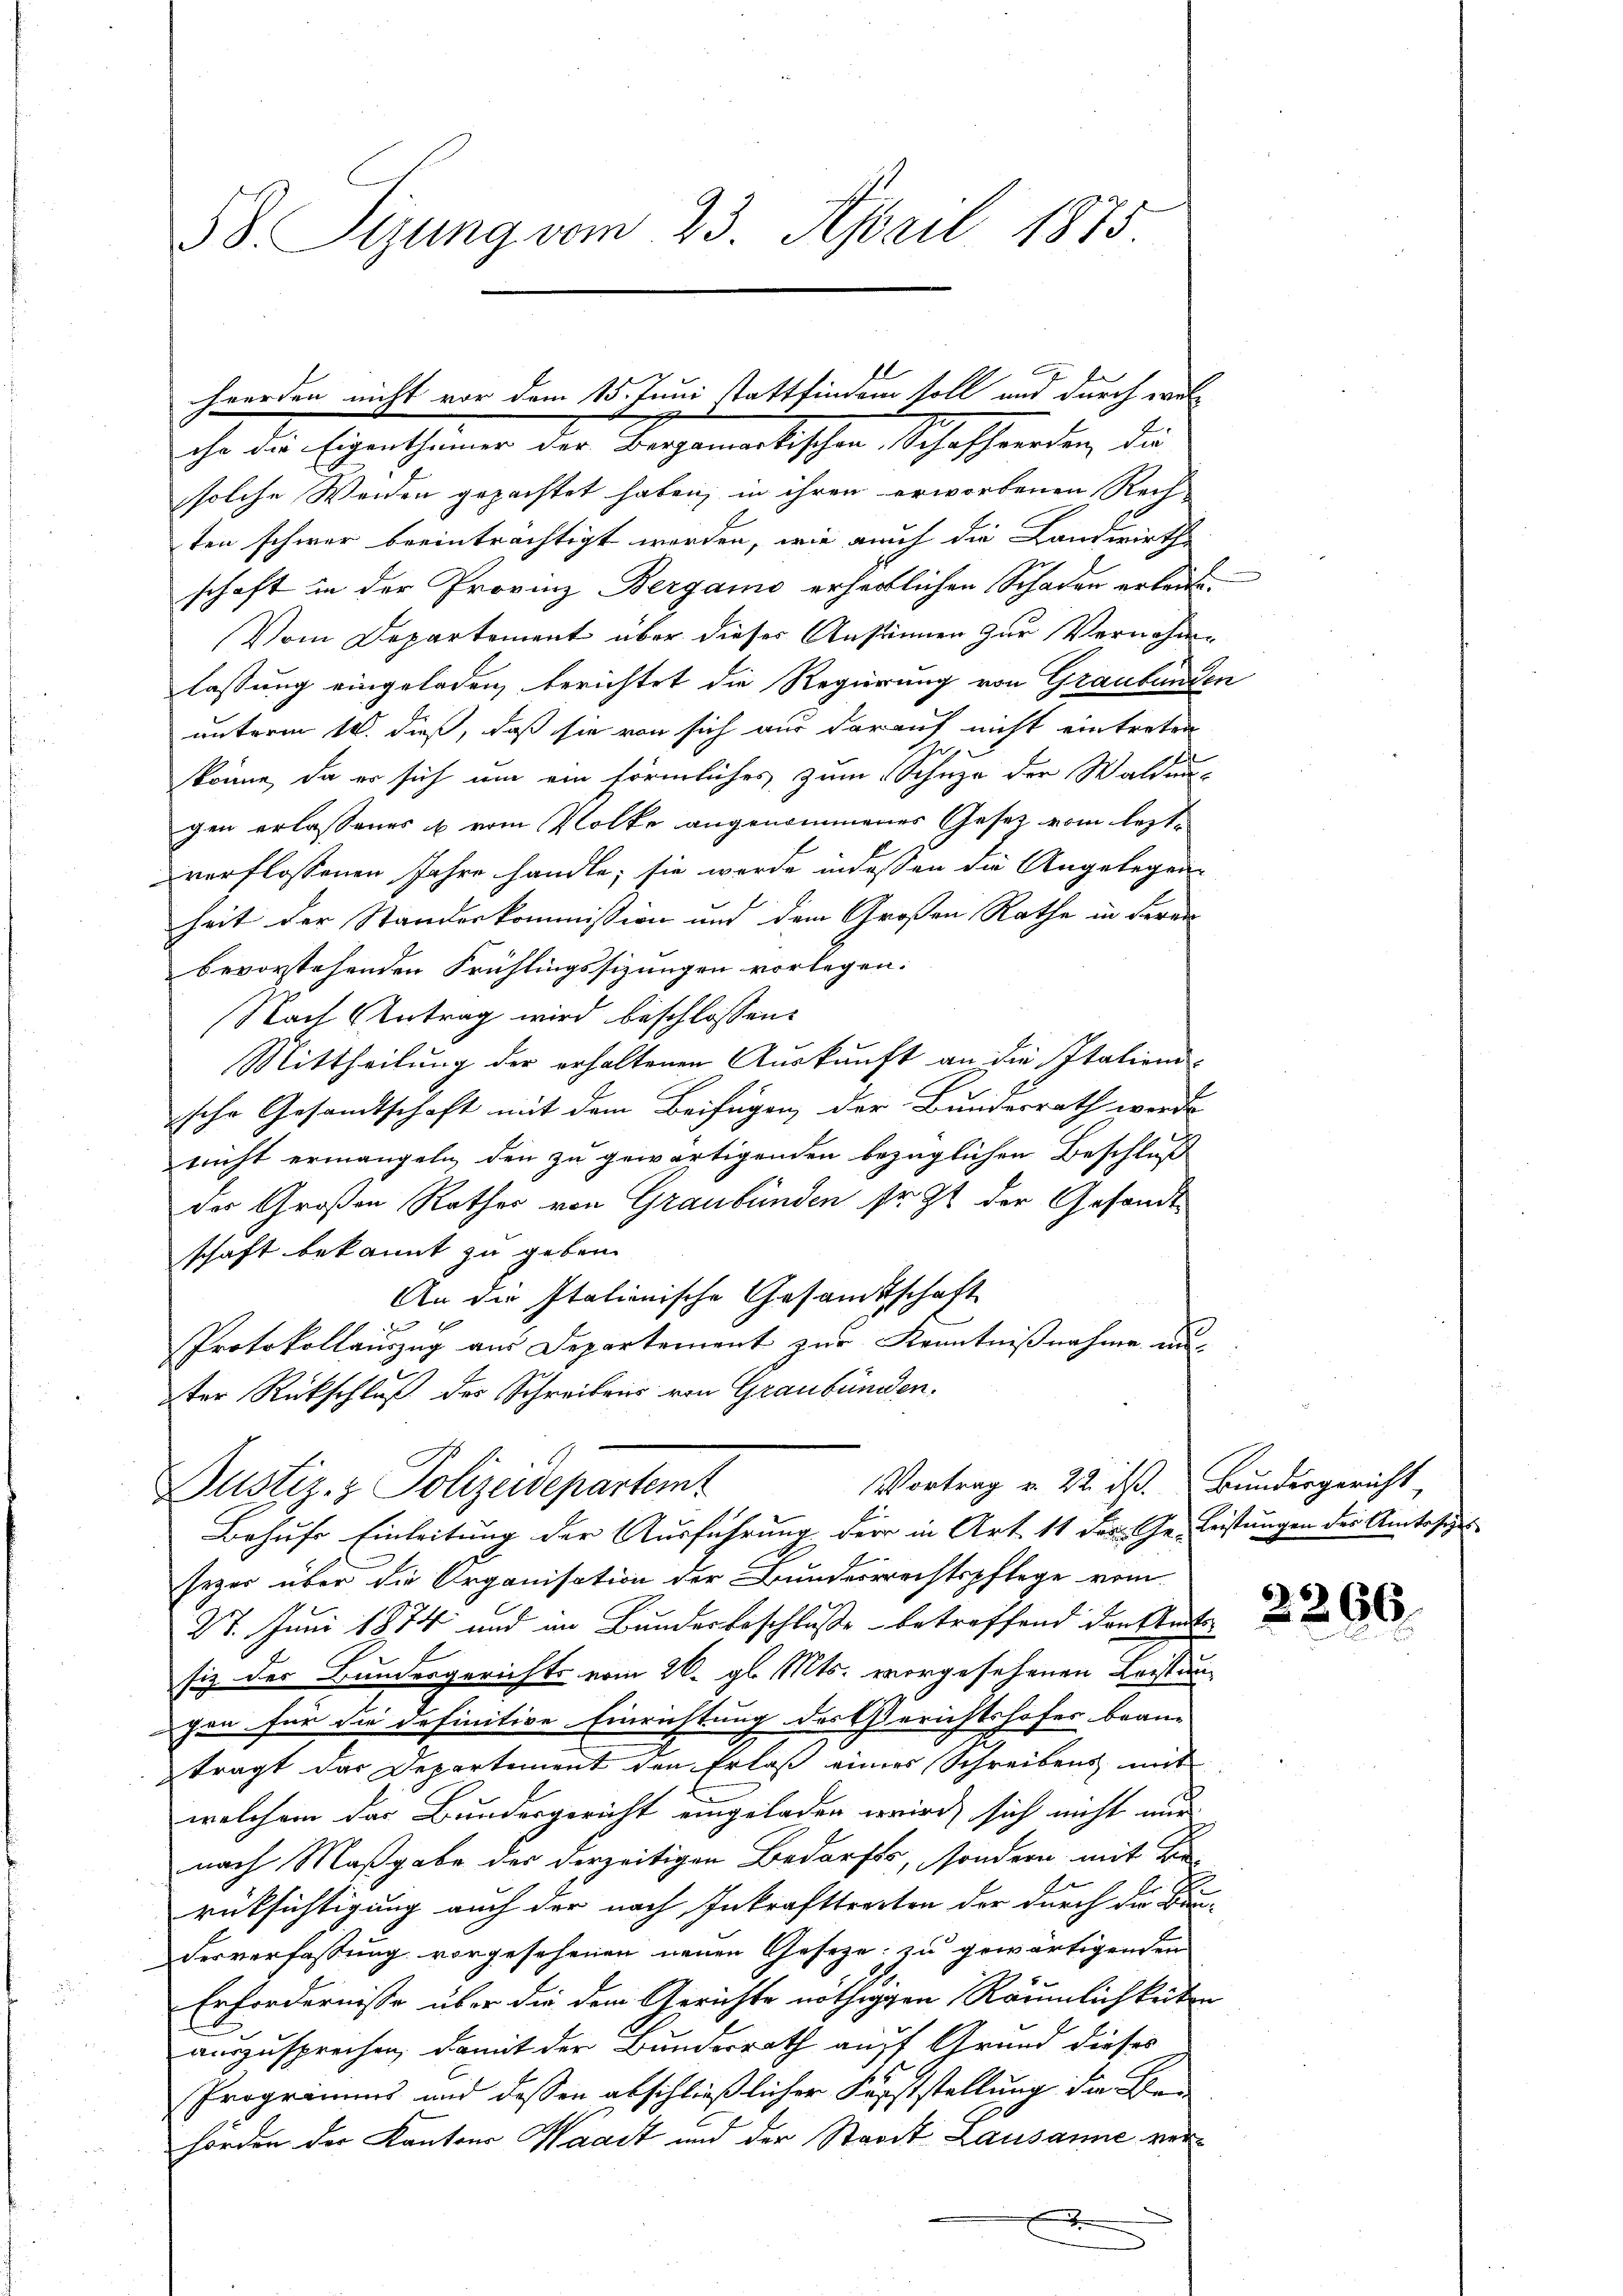
58. Sizung vom 23. April 1875

ihr die Eigenthümer der Bergamarkischen Schafferden, die
solche Weiden gepachtet haben, in ihren erworbenen Rech-
ten schwer beeinträchtigt werden, wie auch die Landwirths
schaft in der Provinz Bergamo erheitlichen Schaden erkennte.
Vom Departement über dieser Anstimmen zur Vernehme
lassung eingeladen, berichtet die Regierung von Graubünden
unterm 10. dieß, daß sie von sich aus darauf nicht eintreten
könne, da er sich um ein förmliches zum Schuze der Waldungen erlassenes & vom Volke angenommenes Gesetz vom leztverflossenen Jahre handle, sie werde indessen die Angelegen
heit der Standeskommission und dem Großen Rathe in deran
bevorstehenden Frühlingssizungen vorlegen.
Nach Antrag wird beschlossen:
Mittheilung der erhaltenen Auskunft an die Italien-
sche Gesamtschaft mit dem Beifügen der Bundesrath werde
nicht ermangeln den zu gewärtigenden bezüglichen Beschluß
der Großen Rathes von Graubünden sr. Zt. der Gesandt-
schaft bekannt zu geben.
An die Italienische Gesandtschaft
den
Protokollauszug aus Departement zur Kenntnißnahme au
ter Rückschluß des Schreibens von Graubünden.
Vortrag v. 22. ds. Bundergericht,
Justiz- & Polizeidepartemt
Behufs Einleitung der Ausführung der in Art. 11 der Ge- Leistungen der Amtssie
sezer über die Organisation der Bundesrechtspflege vom
27. Juni 1874 und im Bundesbeschluße betreffend den Amtssiz der Bundesgerichts vom 26. gl. Mts. vorgesehenen Leistungen für die definitive Einrichtung des Gerichtshofes bean-
trägt das Departement den Erlaß eines Schreibens mit
welchem das Bundesgericht eingeladen wird, sich nicht nur
nach Maßgabe der derzeitigen Bedarfts, sondern mit Berüksichtigung auch der nach Inkrafttreiten der durch die Bauderverfassung vorgesehenen neuen Gesetze zu gewärtigenden
Erfordernisse über die dem Gerichte nöthigen Räumlichkeiten
auszusprechen, damit der Bundesrath auff Grund dieses
Progrimms und dessen abschließlicher Forststellung die Bei
hörden der Kantons Waadt und der Staadt Lausanne verf

hwerden nicht vor dem 15. Juni stattfindem soll und durch wel¬

2266.